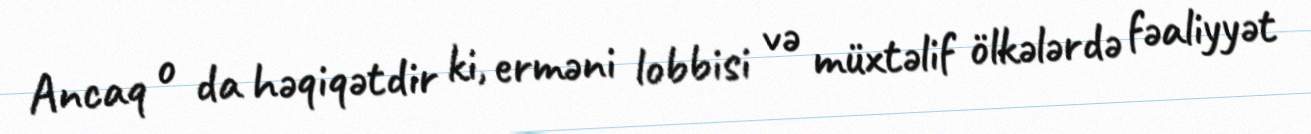
Ancaq o da həqiqətdir ki, erməni lobbisi və müxtəlif ölkələrdə fəaliyyət